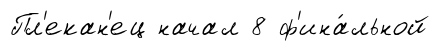
Пл'екан'ец начал 8 ф'ина́льной